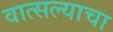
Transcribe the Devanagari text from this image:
वात्सल्याचा